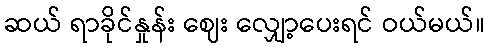
ဆယ် ရာခိုင်နှုန်း ဈေး လျှော့ပေးရင် ဝယ်မယ်။